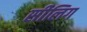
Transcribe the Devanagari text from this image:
सीलिग